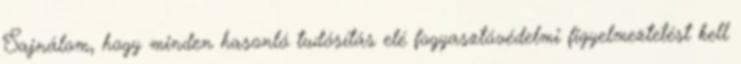
Sajnálom, hogy minden hasonló tudósítás elé fogyasztóvédelmi figyelmeztetést kell